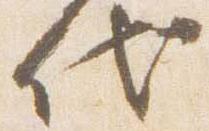
代